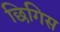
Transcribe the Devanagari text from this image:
छिगिस